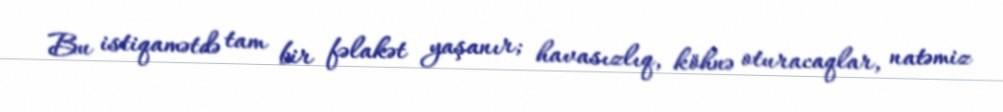
Bu istiqamətdə tam bir fəlakət yaşanır; havasızlıq, köhnə oturacaqlar, natəmiz